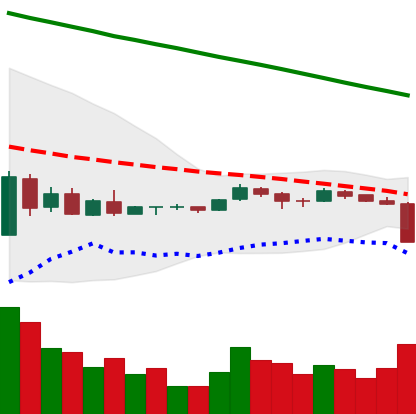
Ticker: XRP-USD
Chart end date: 2018-09-05
Forward return: -4.683%
Label: down_3_5